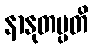
နာနုတပ္ပတိ